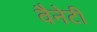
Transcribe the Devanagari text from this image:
वैनेटी